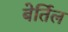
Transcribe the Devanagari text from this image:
बेर्तिल